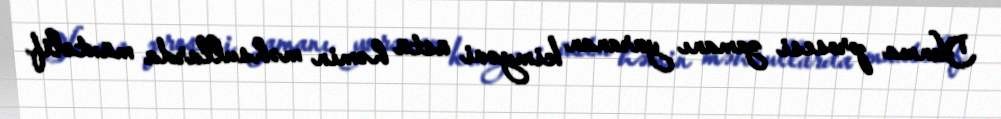
Yanma prosesi zamanı yaranan kimyəvi üstü həmin məhsullarda müxtəlif